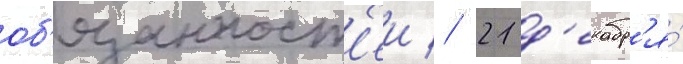
об'язанност'еи // 21 д'екабр'я́